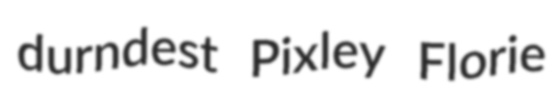
durndest Pixley Florie